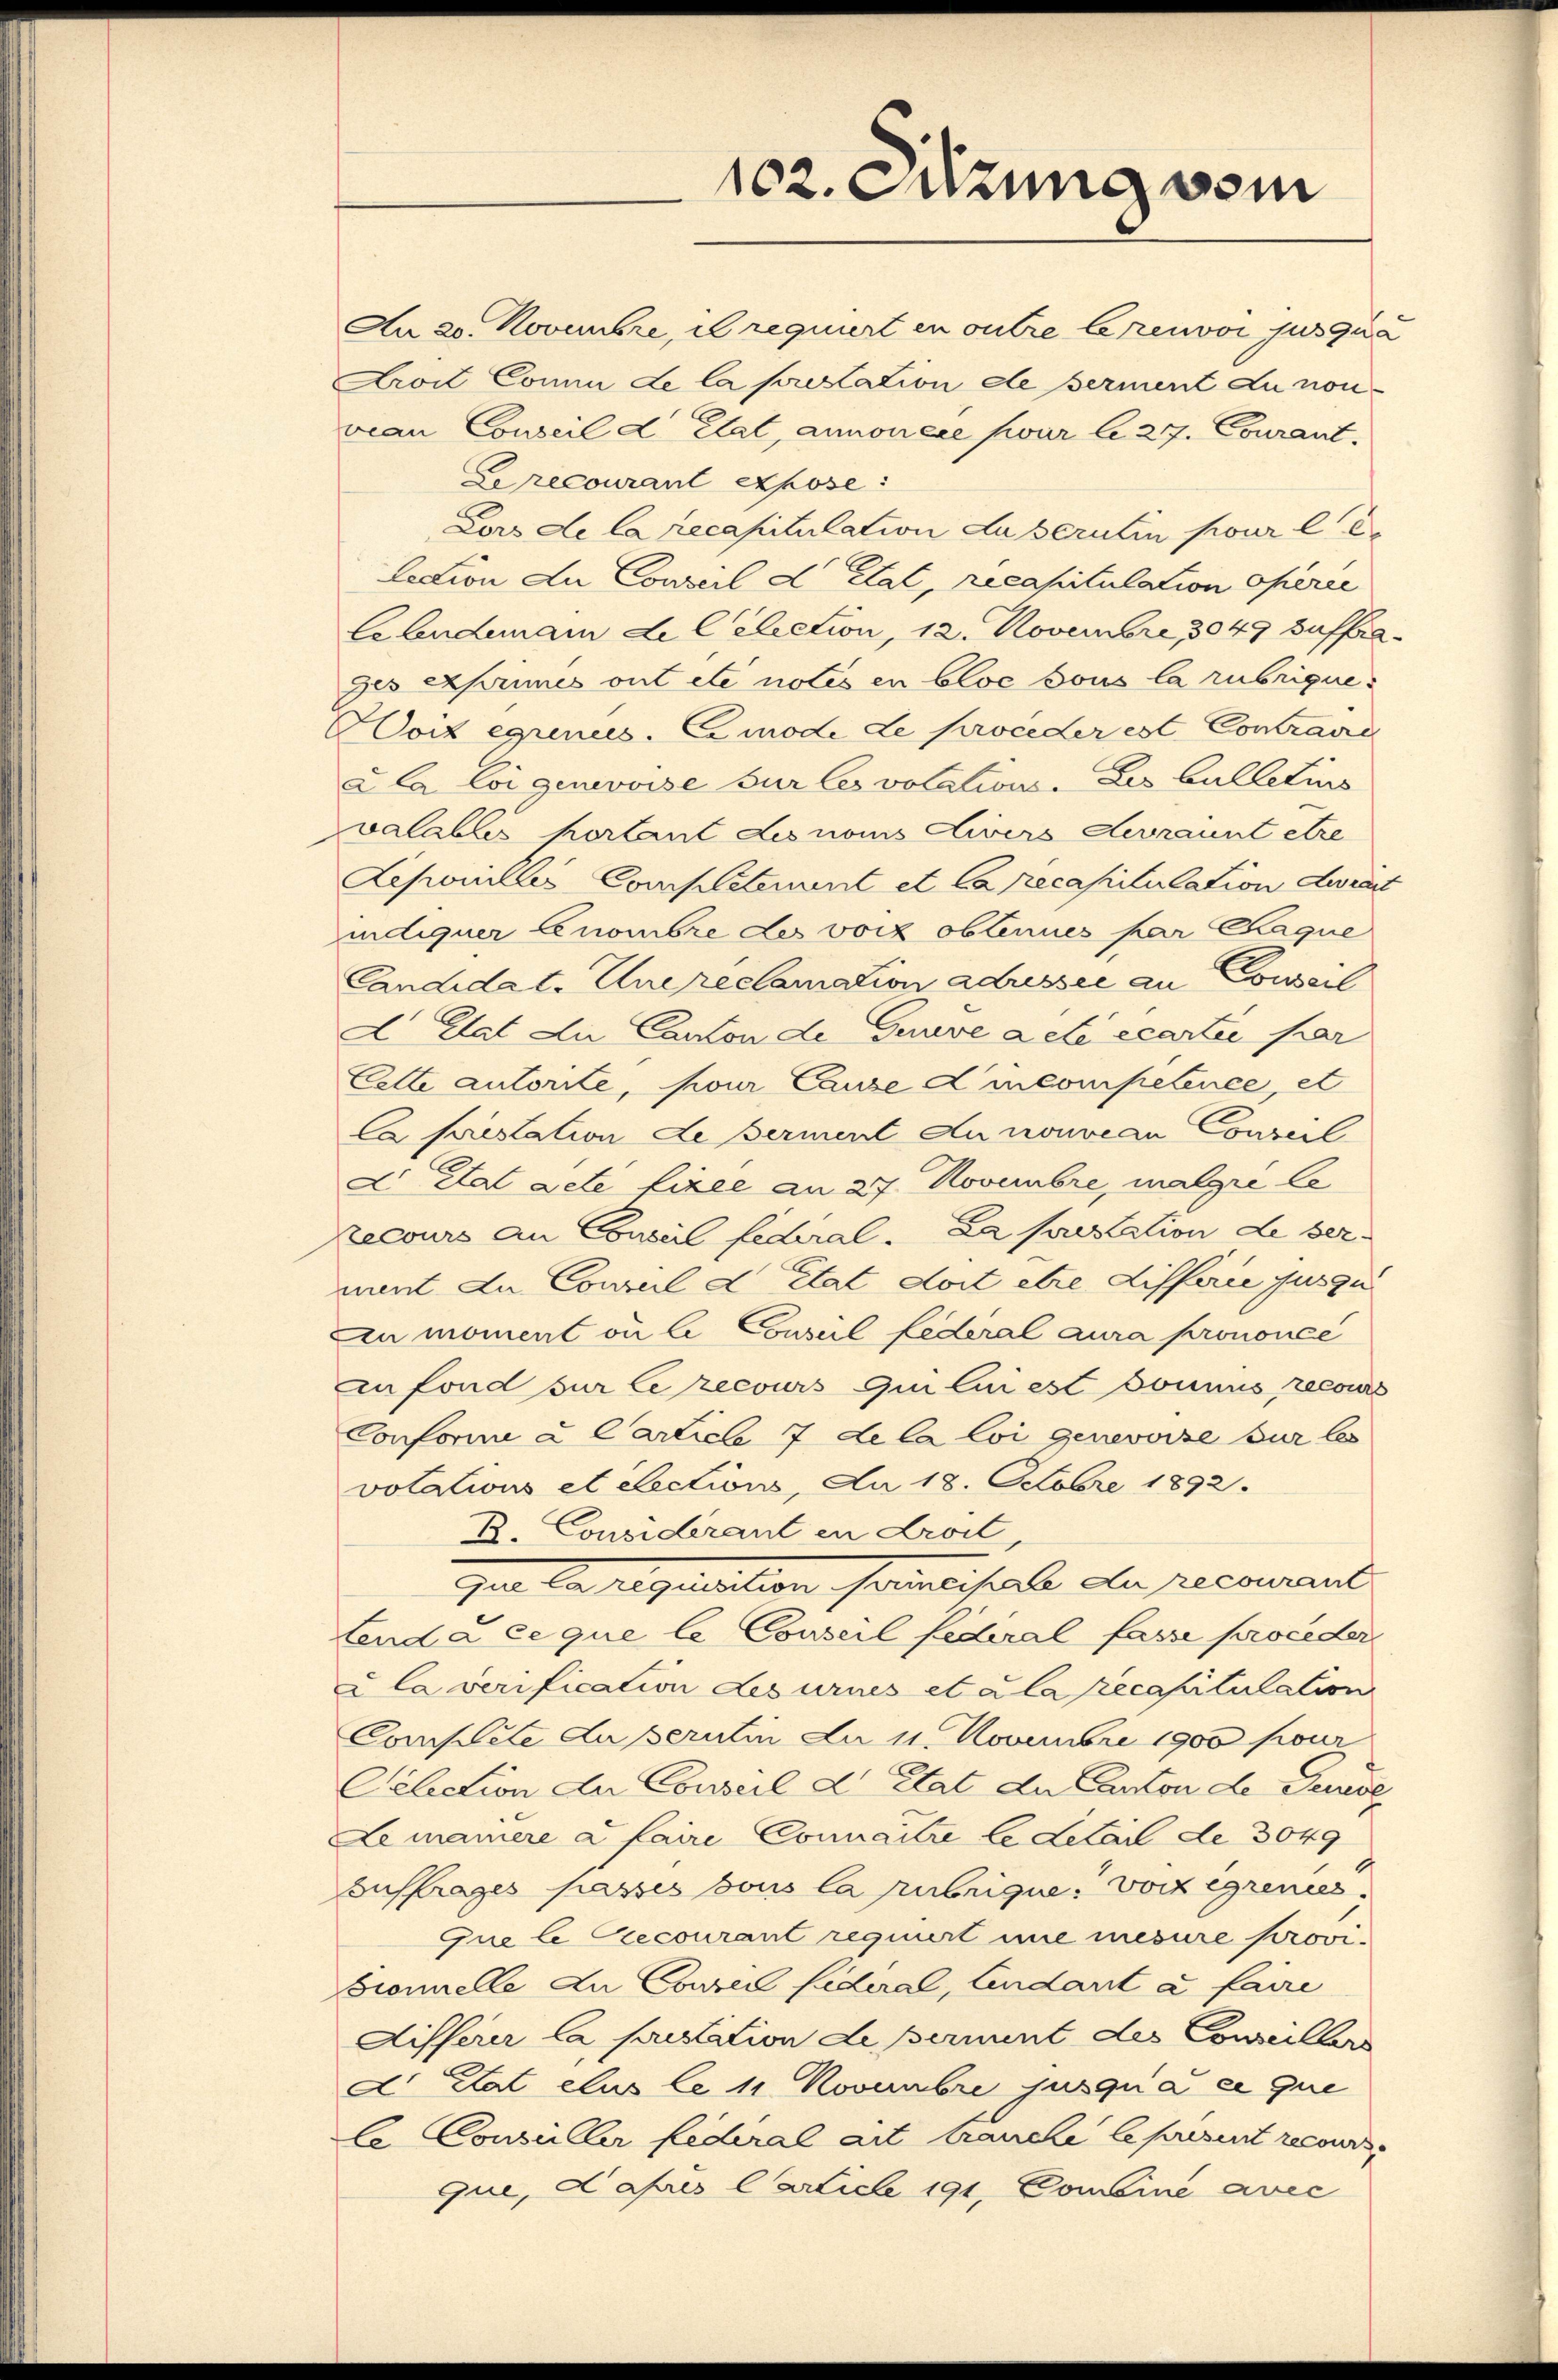
102. Sitzung vom

An 20. Novauhre, il requiert en outre lesenvoi jusqua
Aroit Comm de la prestation de serment du non
veau Conseil d. Etat, annonere sur le 27. Courant,
Le recourant expose
Lors de la recapitulation du beruten pour le
lation du Conseil d. Etat, recapitulation operie
Celndemann de lection, 12. Novembre 1849 zufrages exprimes ont etc notés en Cloe sous la rubrique.
Hort egrenes. Ei mode de proceder est Contraire
a la loi genevoise sur les votation. Les bulletins
valables portant des noms divers devraint etre
Lepomilles Completament et Carecasiitulation derart
indiquer Genombre des vorz obtenues par laque
Candidat. Unereclamation adressée au Conserl
A Tat du Canton de Gouve acte écartei par
Cette autorite, pour Canze Lincompetence, et
Ca prestation de serment du nouveau Conseil
D Etat acte fixee an 27. Novembre, malgie le
recours an Conseil federal. La prestation de ser
ment du Conseil d Etat doit être differie jus zu
Eu moment ou le Conseil Lederal aura prononce
zu fond sur le recours qui lui est sonnus recours
Conforme u. Carticle 7 de la loi genevoise sur les
votations et elections, Am 18. Octobre 1892.
B. Considerant in droit,
Ca requisition formalisierte de recourant
tenda ce que le Conseil federal fasse proceder
u la verification Lesurues et a la recasitulation
Complete du perutin da 11. Novembre 1900 pour
Pélection der Conseil d. Etat der Canton de Seuise
Lemainere a faire Connaitre le detail de 3049
Zusfrages passes sous la pubrique, vor egrenies
que le Recourant requiert nie mesure provi-
Gronnelle zu Courell Fuderal, Lindant à faire
Aifferer la sutation de permint des Conciller
. Hat elus le 11 Novembre jusquia et que
le Consüller federal ait trauche le present recours
que, apris Article 191, Comeine avec